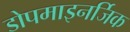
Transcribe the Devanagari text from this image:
डोपमाइनर्जिक